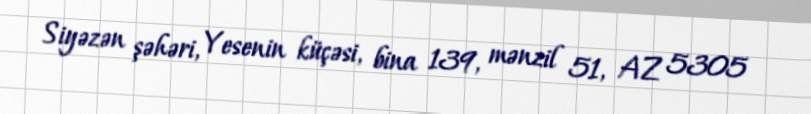
Siyəzən şəhəri, Yesenin küçəsi, bina 139, mənzil 51, AZ 5305